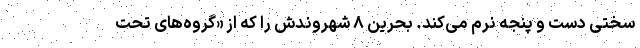
سختی دست و پنجه نرم می‌کند. بحرین ۸ شهروندش را که از «گروه‌های تحت